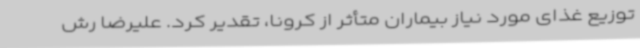
توزیع غذای مورد نیاز بیماران متأثر از کرونا، تقدیر کرد. علیرضا رش